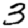
Digit: 3